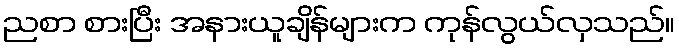
ညစာ စားပြီး အနားယူချိန်များက ကုန်လွယ်လှသည်။